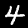
Digit: 4